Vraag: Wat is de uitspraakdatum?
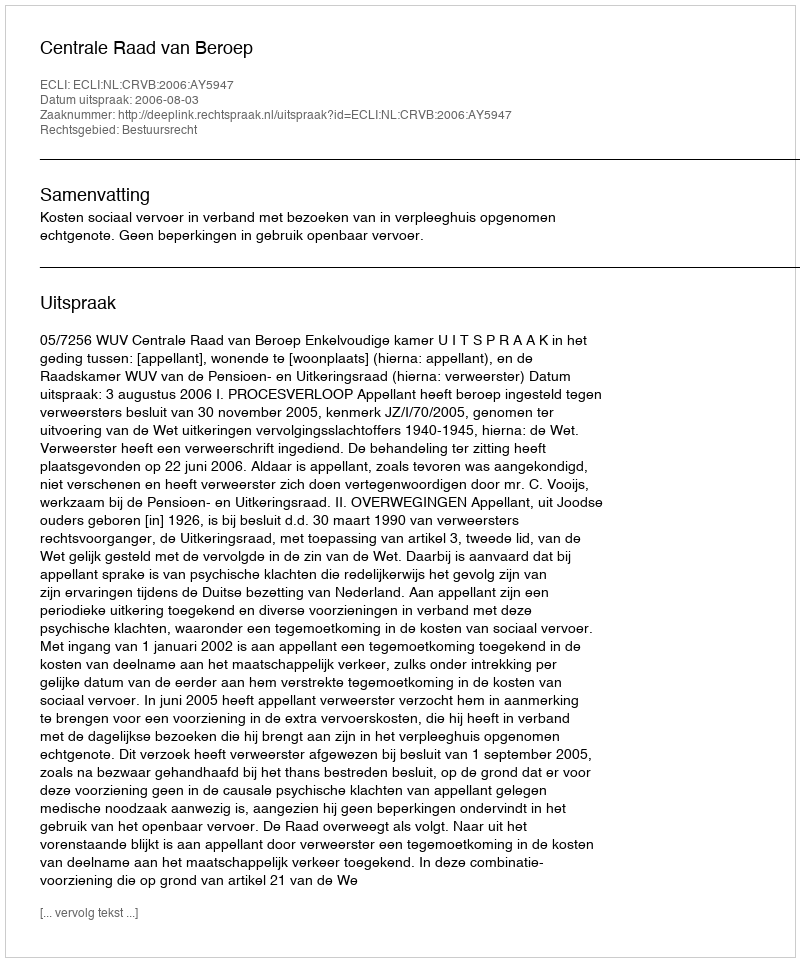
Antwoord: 2006-08-03